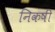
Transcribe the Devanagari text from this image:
निकषीं